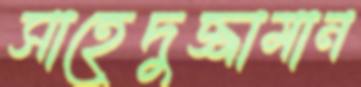
সাহেদুজ্জামান